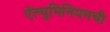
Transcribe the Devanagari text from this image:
ऍल्युमिनियमची